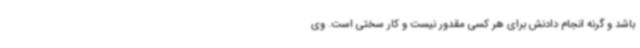
باشد و گرنه انجام دادنش برای هر کسی مقدور نیست و کار سختی است. وی